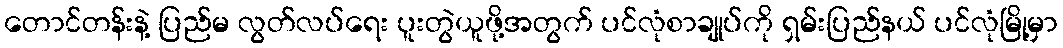
တောင်တန်းနဲ့ ပြည်မ လွတ်လပ်ရေး ပူးတွဲယူဖို့အတွက် ပင်လုံစာချုပ်ကို ရှမ်းပြည်နယ် ပင်လုံမြို့မှာ